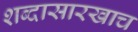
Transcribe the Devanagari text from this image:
शब्दासारखाच